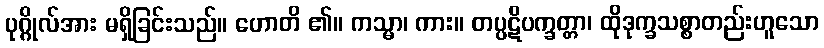
ပုဂ္ဂိုလ်အား မရှိခြင်းသည်။ ဟောတိ ၏။ ကသ္မာ၊ ကား။ တပ္ပဋိပက္ခတ္တာ၊ ထိုဒုက္ခသစ္စာတည်းဟူသော